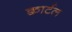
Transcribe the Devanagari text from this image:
क्वार्टल